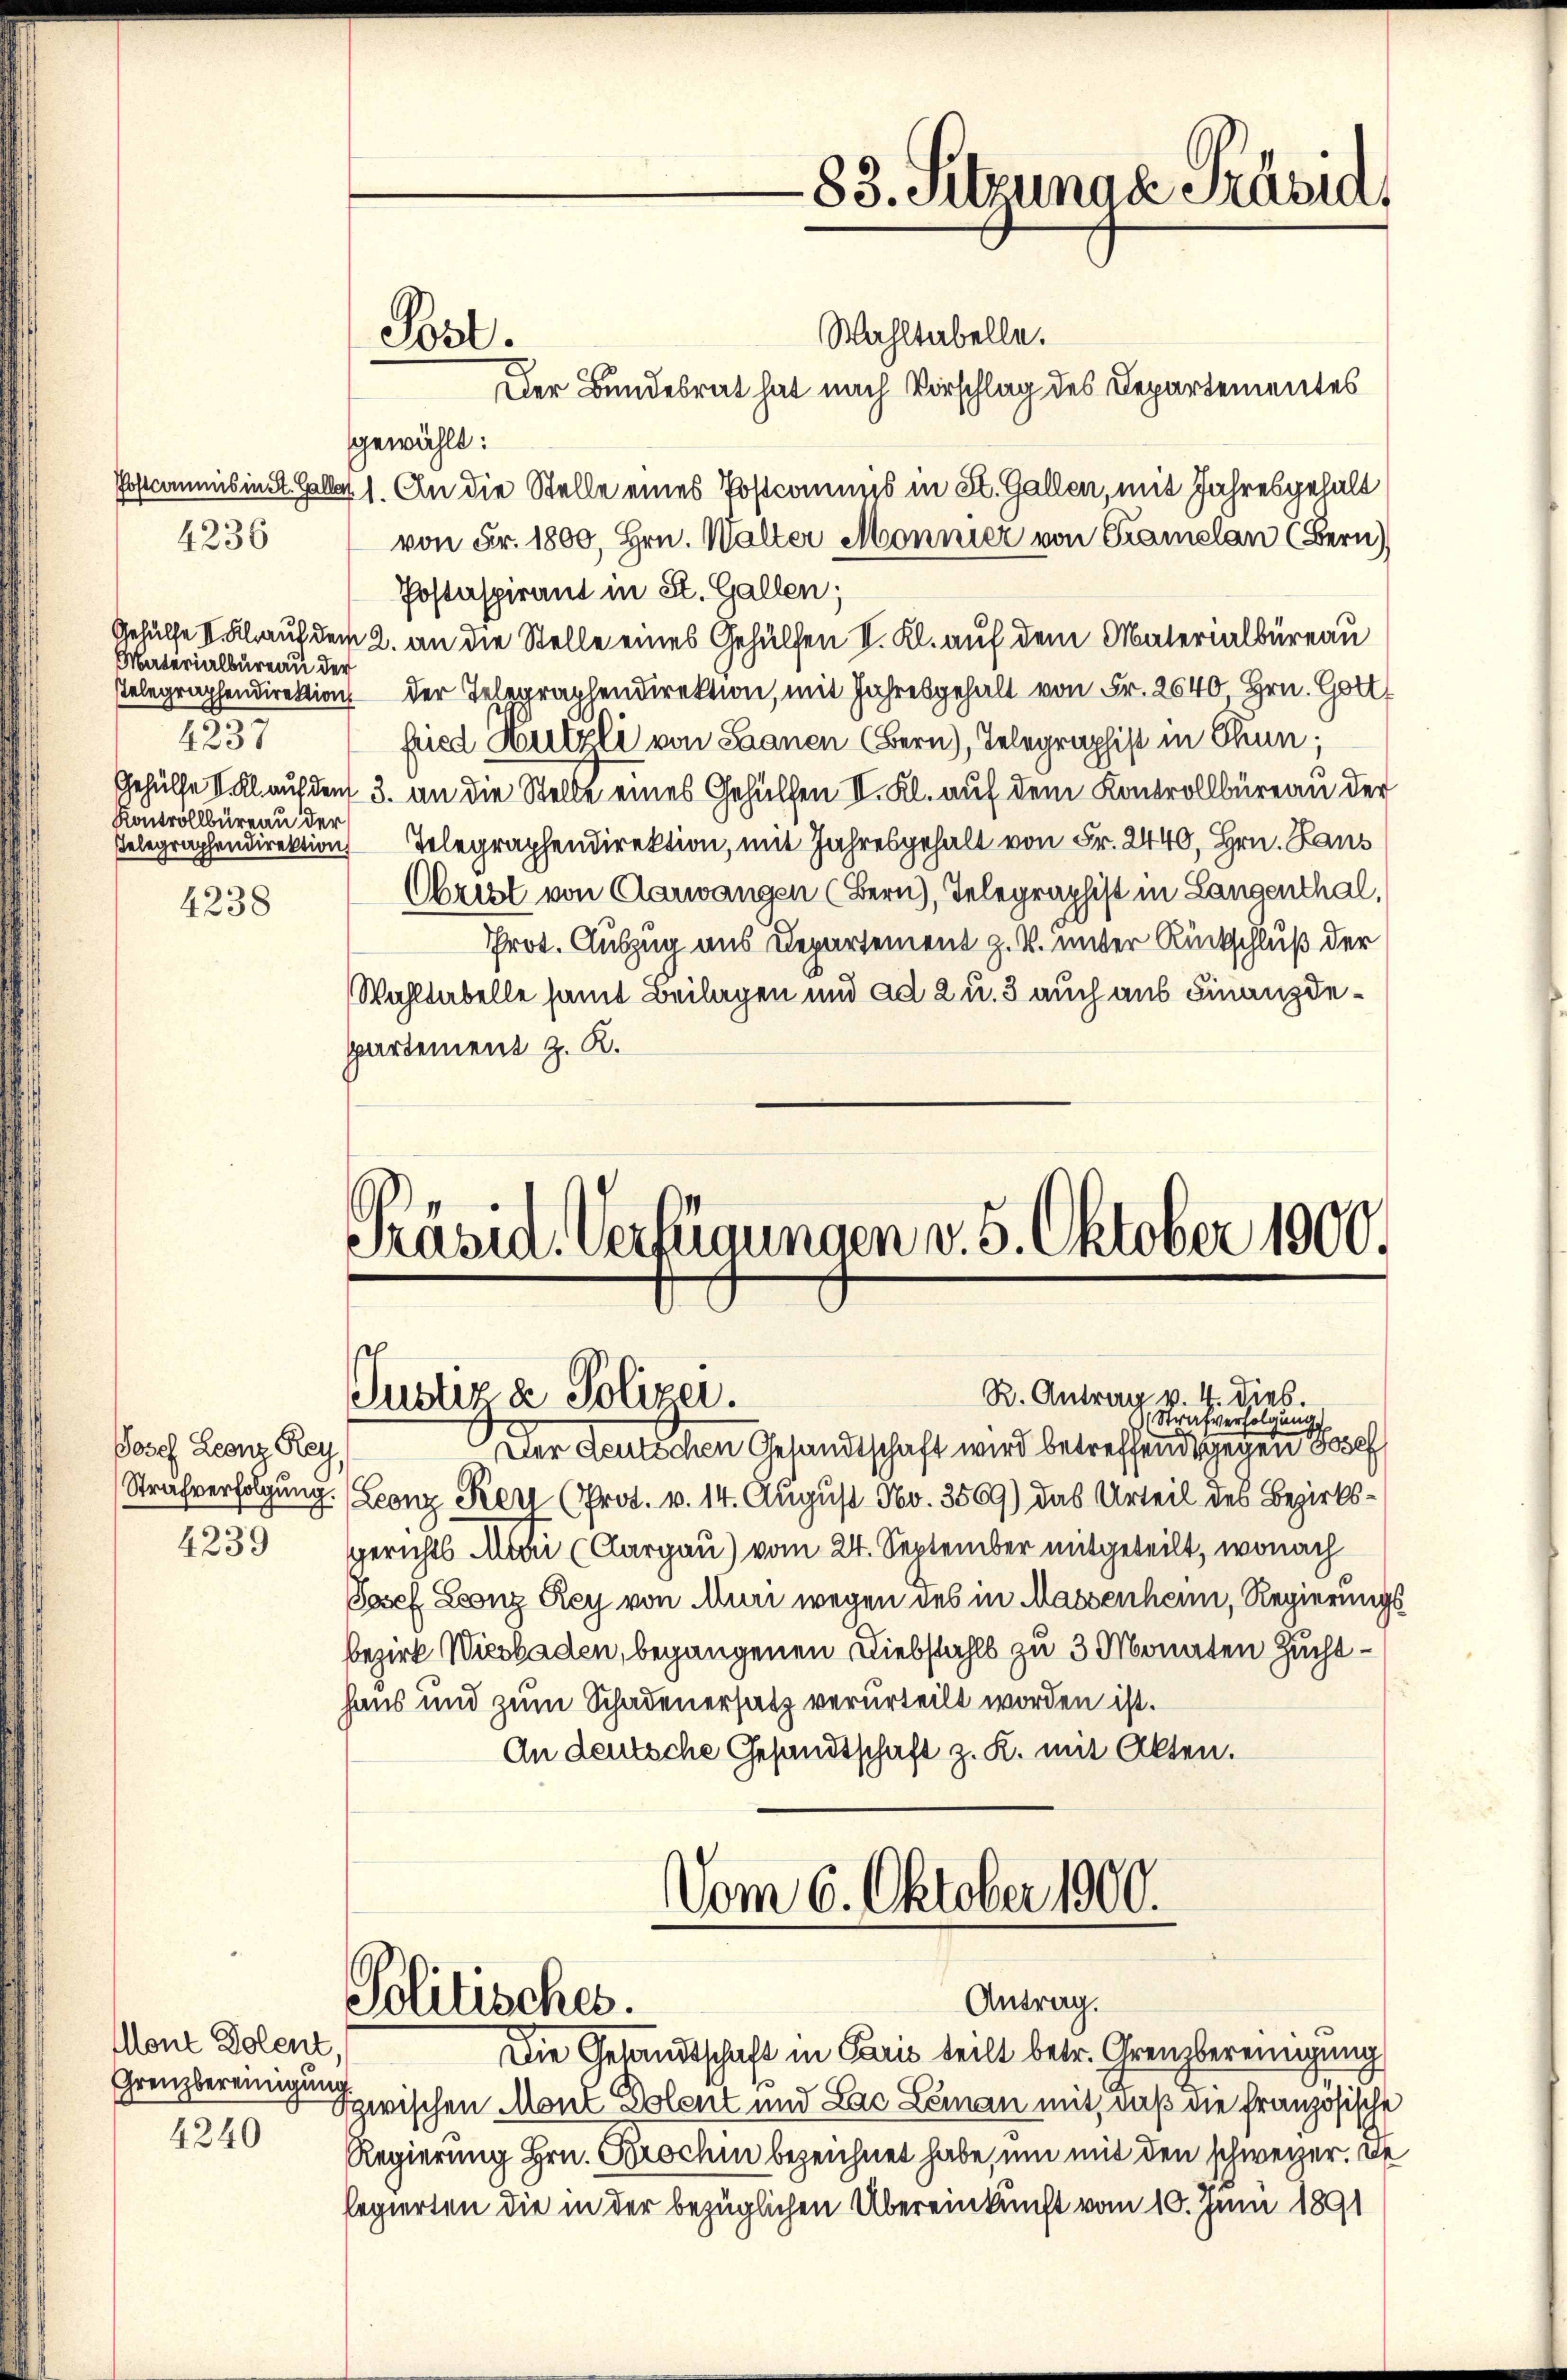
4236
Materialbureau der
Telegraphendirektion
.
4237
Kontrollbüreau der
Telegraphendirektion

4238

Josef Leonz Rey,
4239

Mone Dolent,
Grenzbereinigung
4240

Wahltabelle.
Der Bundesrat hat nach Vorschlag des Departementes
gewählt:
Postcommis in St. Galle 1. An die Stelle eines Postcommis in St. Gallen, mit Jahresgehalt
von Fr. 1800, Hrn. Walter Monnier von Gramelan (Bern)
Postaspirant in St. Gallen;
Gehülfe II. Klauf dem 2. an die Stelle eines Gehülfen II. Kl. auf dem Materialbüreau
der Telegraphendirektion, mit Jahresgehalt von Fr. 2640 Hrn. Gott
fried Hulzli von Saanen (Bern), Telegraphist in Thun.
Gehülfe I. Kl. auf den 3. an die Stelle eines Gehülfen II. Kl. auf dem Kontrollbüreau der
Telegraphendirektion, mit Jahresgehalt von Fr. 2440, Hrn. Haus
Christ von Aarwangen (Bern), Telegraphist in Langenthal,
Prot. Auszug aus Departement z. B. unter Rückschluß der
Wahltabelle samt Beilagen und ad 2 u. 3 auch aus Finanzdepartement z. R.

Präsid. Verfügungen v. 5. Oktober 1900.

R. Antrag v. 4. dies.
Strafverfolgung
Der deutlichen Gesandtschaft wird betreffende gegen Besch
Strafverfolgung. (Leonz Kerl (Prot. v. 14. August No. 3569) das Urteil des Bezirksgerichts Mate (Aargau) vom 24. September mitgeteilt, wonach
Josef Leonz Rey von Muri wegen des in Massenheim, Regierungs
bezirk Wiesbaden, begangenen Diebstahls zu 3 Monaten Zuchthaus und zum Schadenersatz verurteilt worden ist.
An deutsche Gesandtschaft z. K. mit Akten.
Vom 6. Oktober 1900.

Post.

Justiz & Polizei.

Antrag.
Politisches.

83. Sitzunae Präsid

Die Gesandtschaft in Paris teilt betr. Grenzbereinigung
&zwischen Mont Dolent und Lac Leman mit, daß die französische
Regierung Hrn. Brochen bezeichnet habe, um mit den schweizer. De
legierten die in der bezüglichen Übereinkunft vom 10. Juni 1891